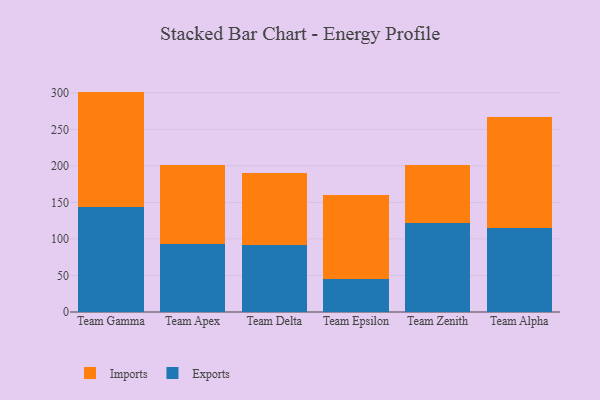
{"axis": {"x": "Team", "y": "Operating Costs (USD K)"}, "legend": ["Exports", "Imports"], "data": [{"x": "Team Gamma", "y": 143.9, "type": "Exports"}, {"x": "Team Gamma", "y": 157.7, "type": "Imports"}, {"x": "Team Apex", "y": 93.2, "type": "Exports"}, {"x": "Team Apex", "y": 108.4, "type": "Imports"}, {"x": "Team Delta", "y": 91.3, "type": "Exports"}, {"x": "Team Delta", "y": 99.2, "type": "Imports"}, {"x": "Team Epsilon", "y": 44.6, "type": "Exports"}, {"x": "Team Epsilon", "y": 115.5, "type": "Imports"}, {"x": "Team Zenith", "y": 122.1, "type": "Exports"}, {"x": "Team Zenith", "y": 78.9, "type": "Imports"}, {"x": "Team Alpha", "y": 114.6, "type": "Exports"}, {"x": "Team Alpha", "y": 151.7, "type": "Imports"}]}